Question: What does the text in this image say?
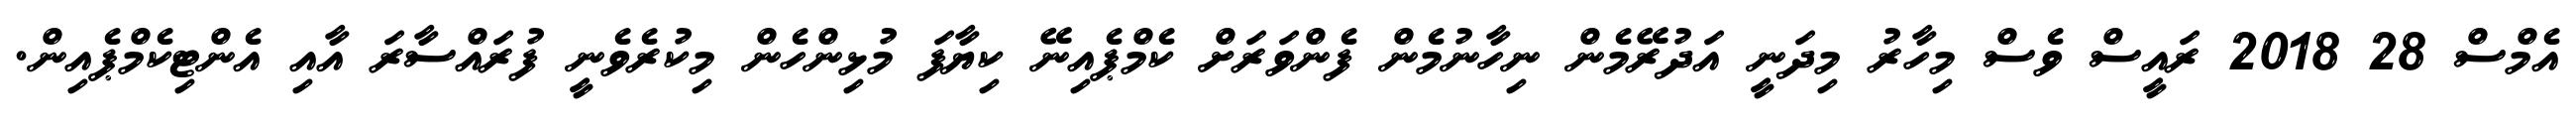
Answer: އެމްސް 28 2018 ރައީސް ވެސް މިހާރު މިދަނީ އަދުރޭމެން ނިހާނުމެން ފެންވަރަށް ކެމްޕެއިނޭ ކިޔާފަ މުޅިންހެން މިކުރެވެނީ ފުރައްސާރަ އާއި އެންޓިކެމްޕެއިން.